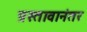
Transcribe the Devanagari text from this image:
प्रस्तावानंतर